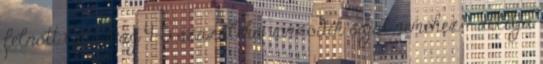
felnőtt lakosság 4-5 százaléka vonzódik saját neméhez - állítja